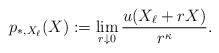
LaTeX: \begin{align*}p_{*, X_\ell}(X) := \lim_{r\downarrow 0} \frac{u(X_\ell + r X)}{r^\kappa}.\end{align*}